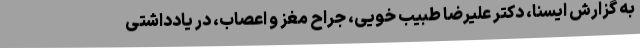
به گزارش ایسنا، دکتر علیرضا طبیب خویی، جراح مغز ‌و ‌اعصاب، در یادداشتی